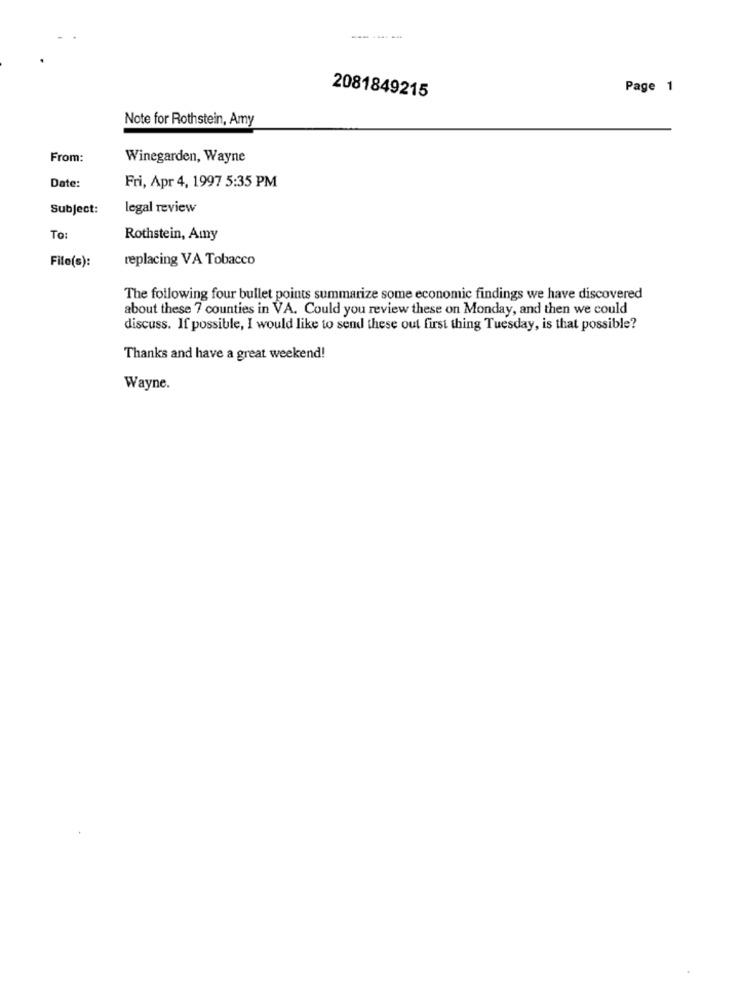
Page 1
2081849215
Note for Rothstein, Amy
From:
Winegarden, Wayne
Date:
Fri, Apr 4, 1997 5:35 PM
Subject:
legal review
To:
Rothstein, Amy
replacing VA Tobacco
File(s):
The following four bullet points summarize some economic findings we have discovered
about these 7 counties in VA. Could you review these on Monday, and then we could
discuss. If possible, I would like to send these out first thing Tuesday, is that possible?
Thanks and have a great weekend!
Wayne.